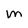
Character: m